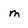
Character: m